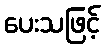
ပေးသဖြင့်